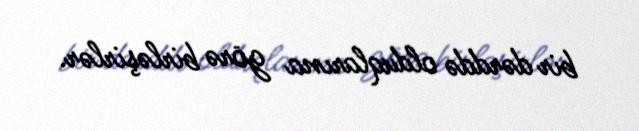
bir dərddə olduqlarına görə birləşirlər.